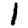
Digit: 1